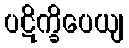
ပဋိက္ခိပေယျ